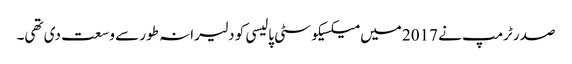
صدر ٹرمپ نے 2017 میں میکسیکو سٹی پالیسی کو دلیرانہ طور سے وسعت دی تھی۔